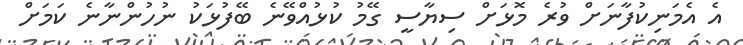
އެ އެމަނިކުފާނަށް ވުރެ މޮޅަށް ސިޔާސީ ގޭމު ކުޅުއްވޭނެ ބޭފުޅަކު ނުހުންނާނެ ކަމަށް